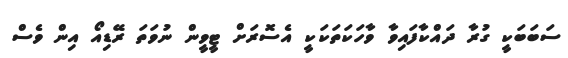
ސަބަބަކީ ގުރާ ދައްކާފައިވާ ވާހަކަތަކަކީ އެސޮރަށް ޓީވީން ނުވަތަ ރޭޑިއޯ އިން ވެސް